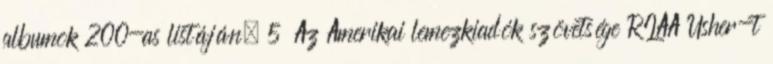
albumok 200-as listáján. 5 Az Amerikai lemezkiadók szövetsége RIAA Usher-t